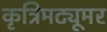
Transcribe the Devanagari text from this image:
कृत्रिमट्यूमर